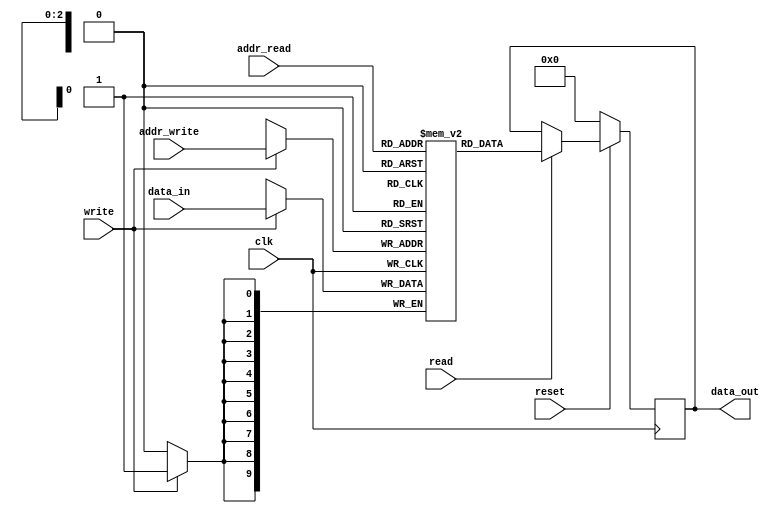
/* MEMORY MODIFICADA POR FREDDY ZUNIGA CERDAS PARA EL PROYECTO 2  
 * DE CIRCUITOS DIGITALES II, I SEMESTRE 2021, 
 * UNIVERSIDAD DE COSTA RICA
 * MODIFICADA DE UNA MEMORY RAM OBTENIDA EN EL SIGUIENTE LUGAR:
 * https://www.intel.com/content/www/us/en/programmable/support/
 * support-resources/design-examples/design-software/verilog/
 * ver-single-port-ram.html
 */

module ram #( parameter DATA_BITS = 10,
	      parameter ADDR_BITS = 3 )
            ( output reg [DATA_BITS-1:0]  data_out,
	      input wire [DATA_BITS-1:0]  data_in,
	      input wire [ADDR_BITS-1:0]  addr_write,
	      input wire [ADDR_BITS-1:0]  addr_read,
	      input wire 		  write, read, clk, reset );

   
   parameter 		RAM_SIZE = 2 ** ADDR_BITS;
    
   
   // Declare the RAM variable
   reg [DATA_BITS-1:0] 	memoria [RAM_SIZE-1:0];
   
   // Variable to hold the registered read address
   reg [ADDR_BITS-1:0] 	addr_reg;
   
   always @( posedge clk ) begin
      // Write
      if ( write ) begin
	 memoria[addr_write] <= data_in;
      end	
   end

   always @( posedge clk ) begin
      if( !reset ) begin
	 data_out <= 'h0;
      end
      else begin
	 if( read ) begin
	    data_out <= memoria[addr_read];
	 end
      end
   end


   //// BORRABLE DE COTROL /////
   reg [9:0] memoria0, memoria1, memoria2, memoria3, memoria4,
	     memoria5, memoria6, memoria7;
   always @( * ) begin
      memoria0 = memoria[0];
      memoria1 = memoria[1];
      memoria2 = memoria[2];
      memoria3 = memoria[3];
      memoria4 = memoria[4];
      memoria5 = memoria[5];
      memoria6 = memoria[6];
      memoria7 = memoria[7];
   end
      
   
endmodule